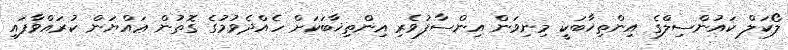
ލޯކަލް ކައުންސިލްގެ އިންތިޚާބަކީ މިނިވަން އިންސާފުވެރި އިންތިޚާބަކަށް ހެއްދެވުމުގެ ގޮތުން ޢައްޔަން ކުރައްވާފައި